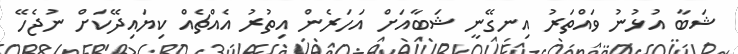
ޝަބާ އުޅުނު ވައްތަރު އިނގޭނީ ޝަބާއަށް އަހަރެން އިތުރު އެއްޗެއް ކިޔައިދޭކަށް ނުޖެހޭ